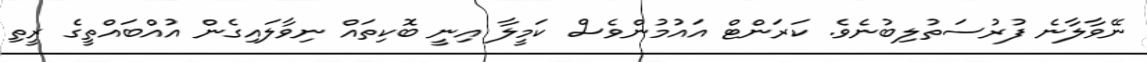
ނޭވާލާނެ ފުރުސަތުލިބުނެވެ. ކަރަންޓް އައުމުންވެސް ކަމީލާ އިނީ ބޮކިތައް ނިވާލައިގެން އުއްބައްތީގެ ރީތި